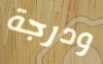
ودرجة